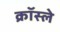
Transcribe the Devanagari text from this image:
क्रॉस्ले